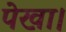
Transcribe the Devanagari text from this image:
पेखा।